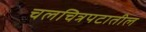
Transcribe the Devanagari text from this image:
चलचित्रपटातील